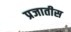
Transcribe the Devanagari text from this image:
प्रजातीस